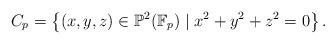
LaTeX: \begin{gather*}C_p = \left\{(x, y, z) \in \mathbb{P}^2(\mathbb{F}_p) \mid x^2 +y^2 +z^2 =0 \right\}.\end{gather*}